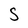
Character: S